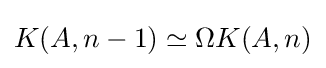
K(A,n-1)\simeq \Omega K(A,n)